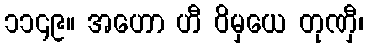
၁၁၄၉။ အဟော ဟီ ဝိမှယေ တုဏှီ၊